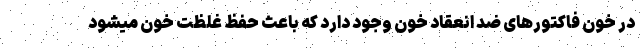
در خون فاکتورهای ضد انعقاد خون وجود دارد که باعث حفظ غلظت خون میشود